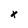
Character: x